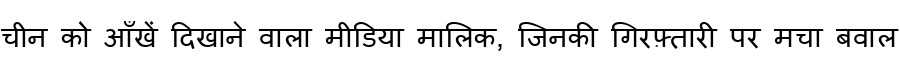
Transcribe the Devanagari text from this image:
चीन को आँखें दिखाने वाला मीडिया मालिक, जिनकी गिरफ़्तारी पर मचा बवाल